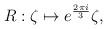
LaTeX: \begin{align*}R:\zeta \mapsto e^{\frac{2\pi i}{3}}\zeta,\end{align*}